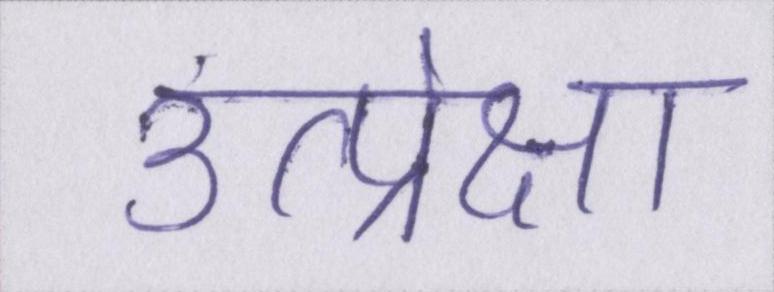
उत्प्रेक्षा